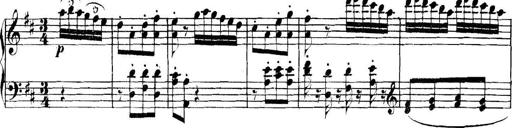
Title: Collected Piano Sonatas
Composer: Muzio Clementi